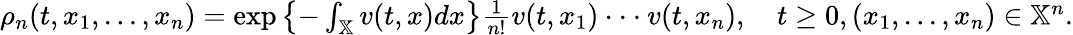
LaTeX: \begin{array}{r}{\rho_{n}(t,x_{1},...,x_{n})=\exp\left\{ -\int_{\mathbb{X}}v(t,x)dx\right\} \frac{1}{n!}v(t,x_{1})\cdot\cdot\cdot v(t,x_{n}),\quad t\geq 0,(x_{1},...,x_{n})\in\mathbb{X}^{n}.}\end{array}